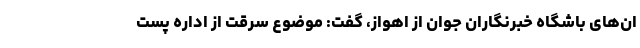
ان‌های باشگاه خبرنگاران جوان از اهواز، گفت: موضوع سرقت از اداره پست